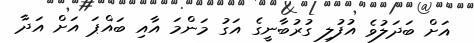
އަށް ބަދަލުވެ އުފުލި ގުރުބާނީގެ އަގު މަންމަ އާއި ބައްޕަ އަށް އަދާ